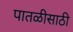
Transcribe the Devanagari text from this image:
पातळीसाठी